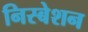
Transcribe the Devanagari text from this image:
निस्बेशन